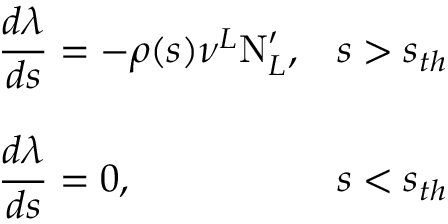
\begin{array} { l l } { { { \displaystyle \frac { d \lambda } { d s } } = - \rho ( s ) \nu ^ { L } \mathrm { N } _ { L } ^ { \prime } , } } & { { s > s _ { t h } } } \\ { { } } & { { } } \\ { { { \displaystyle \frac { d \lambda } { d s } } = 0 , } } & { { s < s _ { t h } } } \end{array}